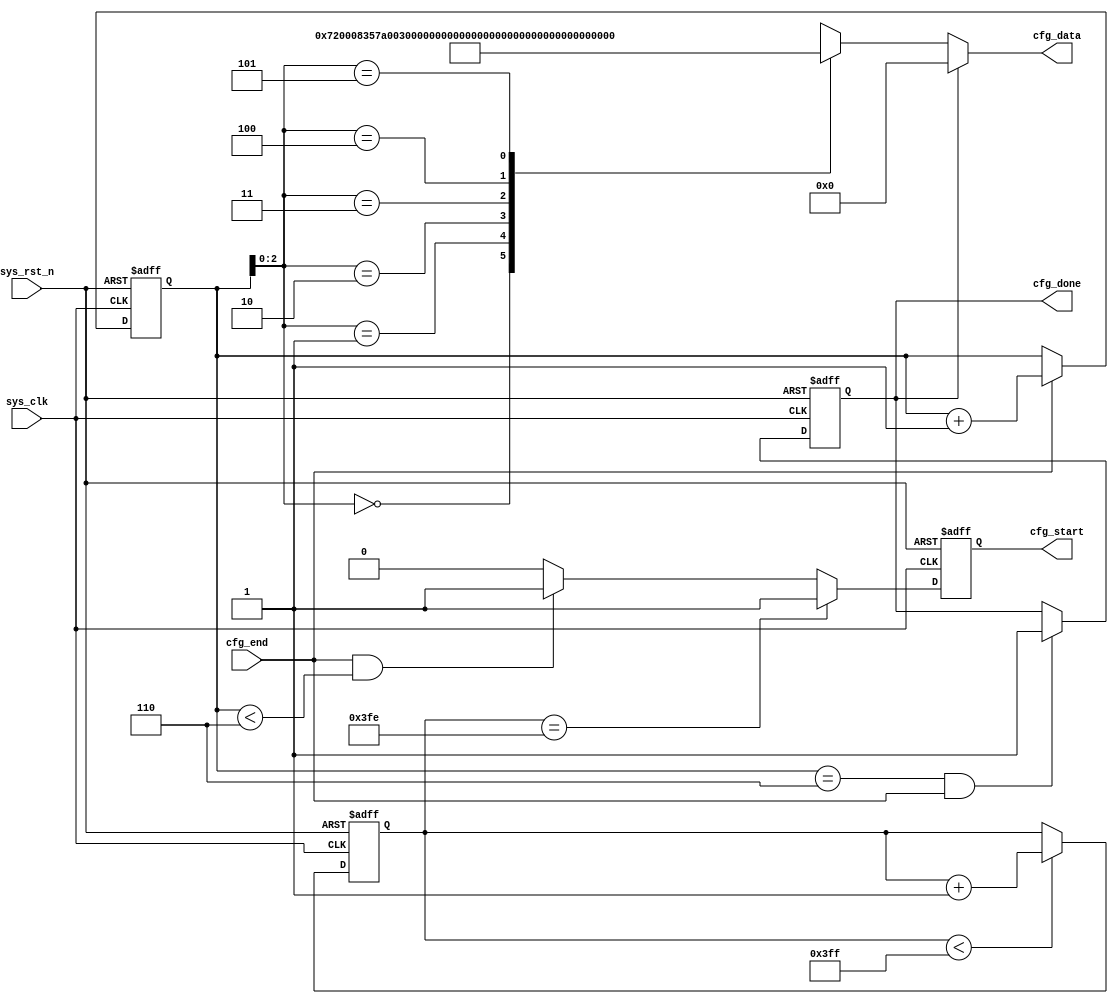
`timescale  1ns/1ns


module  hdmi_cfg
(
    input   wire            sys_clk     ,   //,iic
    input   wire            sys_rst_n   ,   //,
    input   wire            cfg_end     ,   //

    output  reg             cfg_start   ,   //
    output  wire    [31:0]  cfg_data    ,   //ID,REG_ADDR,REG_VAL
    output  reg             cfg_done        //
);

//********************************************************************//
//****************** Parameter and Internal Signal *******************//
//********************************************************************//

//parameter define
parameter   REG_NUM         =   7'd6   ;   //
parameter   CNT_WAIT_MAX    =   10'd1023;   //

//wire  define
wire    [31:0]  cfg_data_reg[REG_NUM-1:0]   ;   //

//reg   define
reg     [9:0]   cnt_wait    ;   //
reg     [6:0]   reg_num     ;   //

//********************************************************************//
//***************************** Main Code ****************************//
//********************************************************************//

//cnt_wait:
always@(posedge sys_clk or negedge sys_rst_n)
    if(sys_rst_n == 1'b0)
        cnt_wait    <=  15'd0;
    else    if(cnt_wait < CNT_WAIT_MAX)
        cnt_wait    <=  cnt_wait + 1'b1;

//reg_num:
always@(posedge sys_clk or negedge sys_rst_n)
    if(sys_rst_n == 1'b0)
        reg_num <=  7'd0;
    else    if(cfg_end == 1'b1)
        reg_num <=  reg_num + 1'b1;

//cfg_start:
always@(posedge sys_clk or negedge sys_rst_n)
    if(sys_rst_n == 1'b0)
        cfg_start   <=  1'b0;
    else    if(cnt_wait == (CNT_WAIT_MAX - 1'b1))
        cfg_start   <=  1'b1;
    else    if((cfg_end == 1'b1) && (reg_num < REG_NUM))
        cfg_start   <=  1'b1;
    else
        cfg_start   <=  1'b0;

//cfg_done:
always@(posedge sys_clk or negedge sys_rst_n)
    if(sys_rst_n == 1'b0)
        cfg_done    <=  1'b0;
    else    if((reg_num == REG_NUM) && (cfg_end == 1'b1))
        cfg_done    <=  1'b1;

//cfg_data:ID,REG_ADDR,REG_VAL
assign  cfg_data = (cfg_done == 1'b1) ? 32'h0000 : cfg_data_reg[reg_num];

//----------------------------------------------------
//cfg_data_reg  ID   REG_ADDR REG_VAL
//assign  cfg_data_reg[00]  =       {8'h12,  8'h80};
assign  cfg_data_reg[0]  ={8'h72,16'h08,8'h35};
assign  cfg_data_reg[1]  ={8'h7a,16'h2f,8'h00};
assign  cfg_data_reg[2]  ={8'h60,16'h05,8'h10};
assign  cfg_data_reg[3]  ={8'h60,16'h08,8'h05};
assign  cfg_data_reg[4]  ={8'h60,16'h09,8'h01};
assign  cfg_data_reg[5]  ={8'h60,16'h05,8'h04};


//-------------------------------------------------------

endmodule